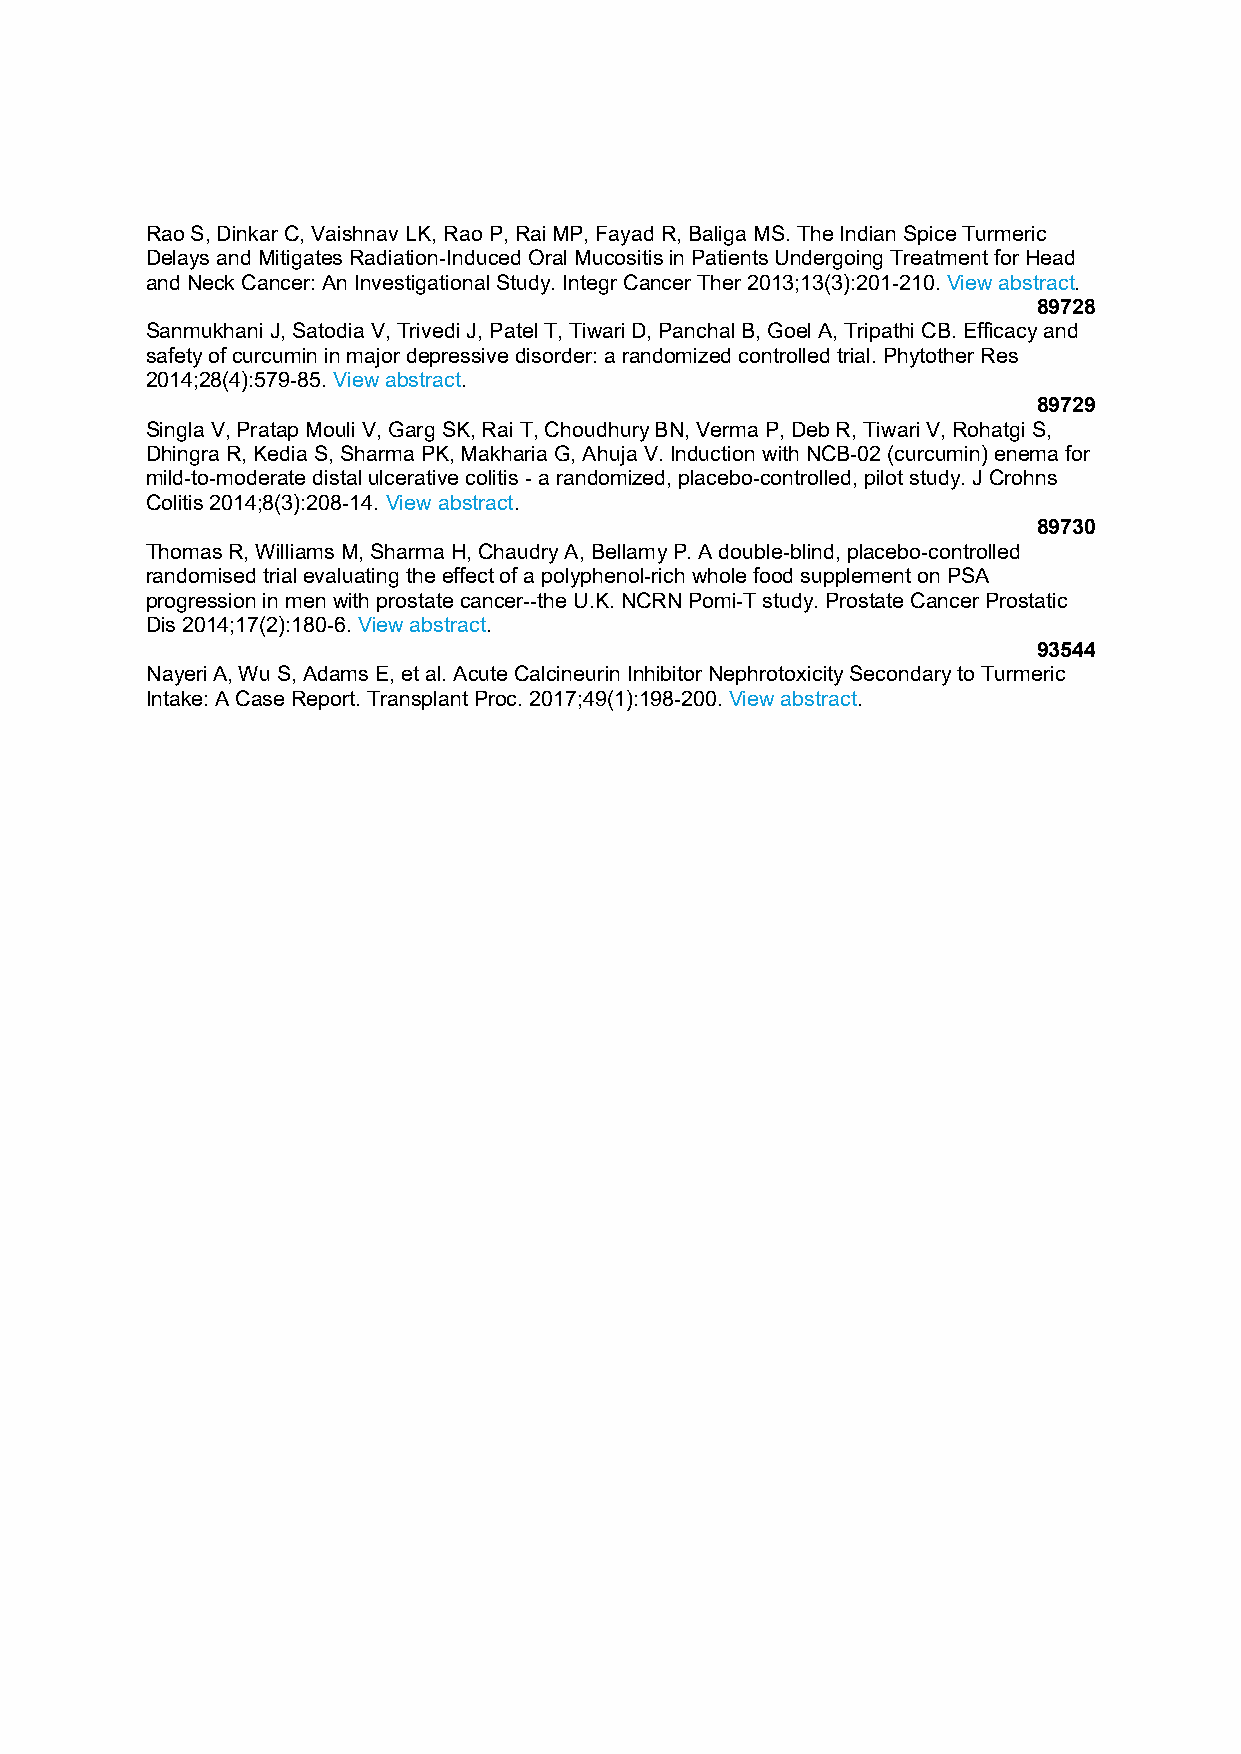
Rao S, Dinkar C, Vaishnav LK, Rao P, Rai MP, Fayad R, Baliga MS. The Indian Spice Turmeric
 Delays and Mitigates Radiation-Induced Oral Mucositis in Patients Undergoing Treatment for Head
 and Neck Cancer: An Investigational Study. Integr Cancer Ther 2013;13(3):201-210. View abstract.
 89728
 Sanmukhani J, Satodia V, Trivedi J, Patel T, Tiwari D, Panchal B, Goel A, Tripathi CB. Efficacy and
 safety of curcumin in major depressive disorder: a randomized controlled trial. Phytother Res
 2014;28(4):579-85. View abstract.
 89729
 Singla V, Pratap Mouli V, Garg SK, Rai T, Choudhury BN, Verma P, Deb R, Tiwari V, Rohatgi S,
 Dhingra R, Kedia S, Sharma PK, Makharia G, Ahuja V. Induction with NCB-02 (curcumin) enema for
 mild-to-moderate distal ulcerative colitis - a randomized, placebo-controlled, pilot study. J Crohns
 Colitis 2014;8(3):208-14. View abstract.
 89730
 Thomas R, Williams M, Sharma H, Chaudry A, Bellamy P. A double-blind, placebo-controlled
 randomised trial evaluating the effect of a polyphenol-rich whole food supplement on PSA
 progression in men with prostate cancer--the U.K. NCRN Pomi-T study. Prostate Cancer Prostatic
 Dis 2014;17(2):180-6. View abstract.
 93544
 Nayeri A, Wu S, Adams E, et al. Acute Calcineurin Inhibitor Nephrotoxicity Secondary to Turmeric
 Intake: A Case Report. Transplant Proc. 2017;49(1):198-200. View abstract.